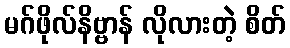
မဂ်ဖိုလ်နိဗ္ဗာန် လိုလားတဲ့ စိတ်